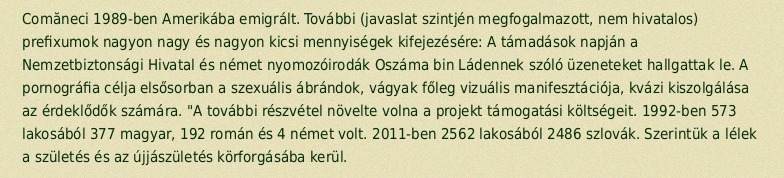
Comăneci 1989-ben Amerikába emigrált. További (javaslat szintjén megfogalmazott, nem hivatalos) prefixumok nagyon nagy és nagyon kicsi mennyiségek kifejezésére: A támadások napján a Nemzetbiztonsági Hivatal és német nyomozóirodák Oszáma bin Ládennek szóló üzeneteket hallgattak le. A pornográfia célja elsősorban a szexuális ábrándok, vágyak főleg vizuális manifesztációja, kvázi kiszolgálása az érdeklődők számára. "A további részvétel növelte volna a projekt támogatási költségeit. 1992-ben 573 lakosából 377 magyar, 192 román és 4 német volt. 2011-ben 2562 lakosából 2486 szlovák. Szerintük a lélek a születés és az újjászületés körforgásába kerül.